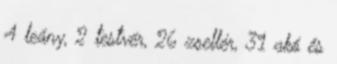
4 leány, 2 testvér, 26 zsellér, 31 akó és